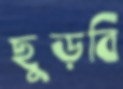
ছুড়বি